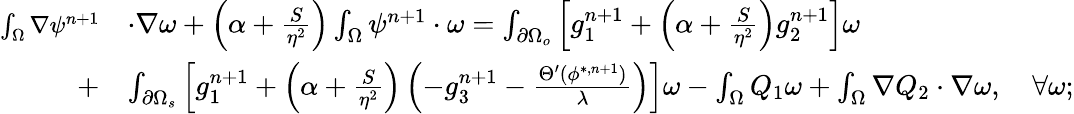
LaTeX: \begin{array}{rl}{\small\int_{\Omega}\nabla\psi^{n+1}}&{\cdot\nabla\omega+\left(\alpha+\frac{S}{\eta^{2}}\right)\int_{\Omega}\psi^{n+1}\cdot\omega=\int_{\partial\Omega_{o}}\left[g_{1}^{n+1}+\left(\alpha+\frac{S}{\eta^{2}}\right)g_{2}^{n+1}\right]\omega}\\ {+}&{\int_{\partial\Omega_{s}}\left[g_{1}^{n+1}+\left(\alpha+\frac{S}{\eta^{2}}\right)\left(-g_{3}^{n+1}-\frac{\Theta^{\prime}(\phi^{*,n+1})}{\lambda}\right)\right]\omega-\int_{\Omega}Q_{1}\omega+\int_{\Omega}\nabla Q_{2}\cdot\nabla\omega,\quad\forall\omega;}\end{array}